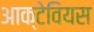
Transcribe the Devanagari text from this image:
आक्टेवियस